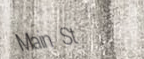
Main St